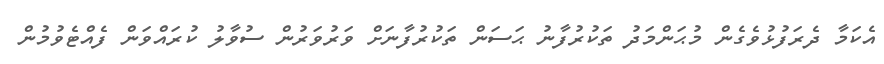
އެކަމާ ދެރަފުޅުވެގެން މުޙަންމަދު ތަކުރުފާނު ޙަސަން ތަކުރުފާނަށް ވަރުވަރުން ސުވާލު ކުރައްވަން ފެއްޓެވުމުން